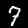
Label: 7